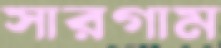
সারগাম